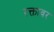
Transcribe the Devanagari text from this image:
रक्तावर